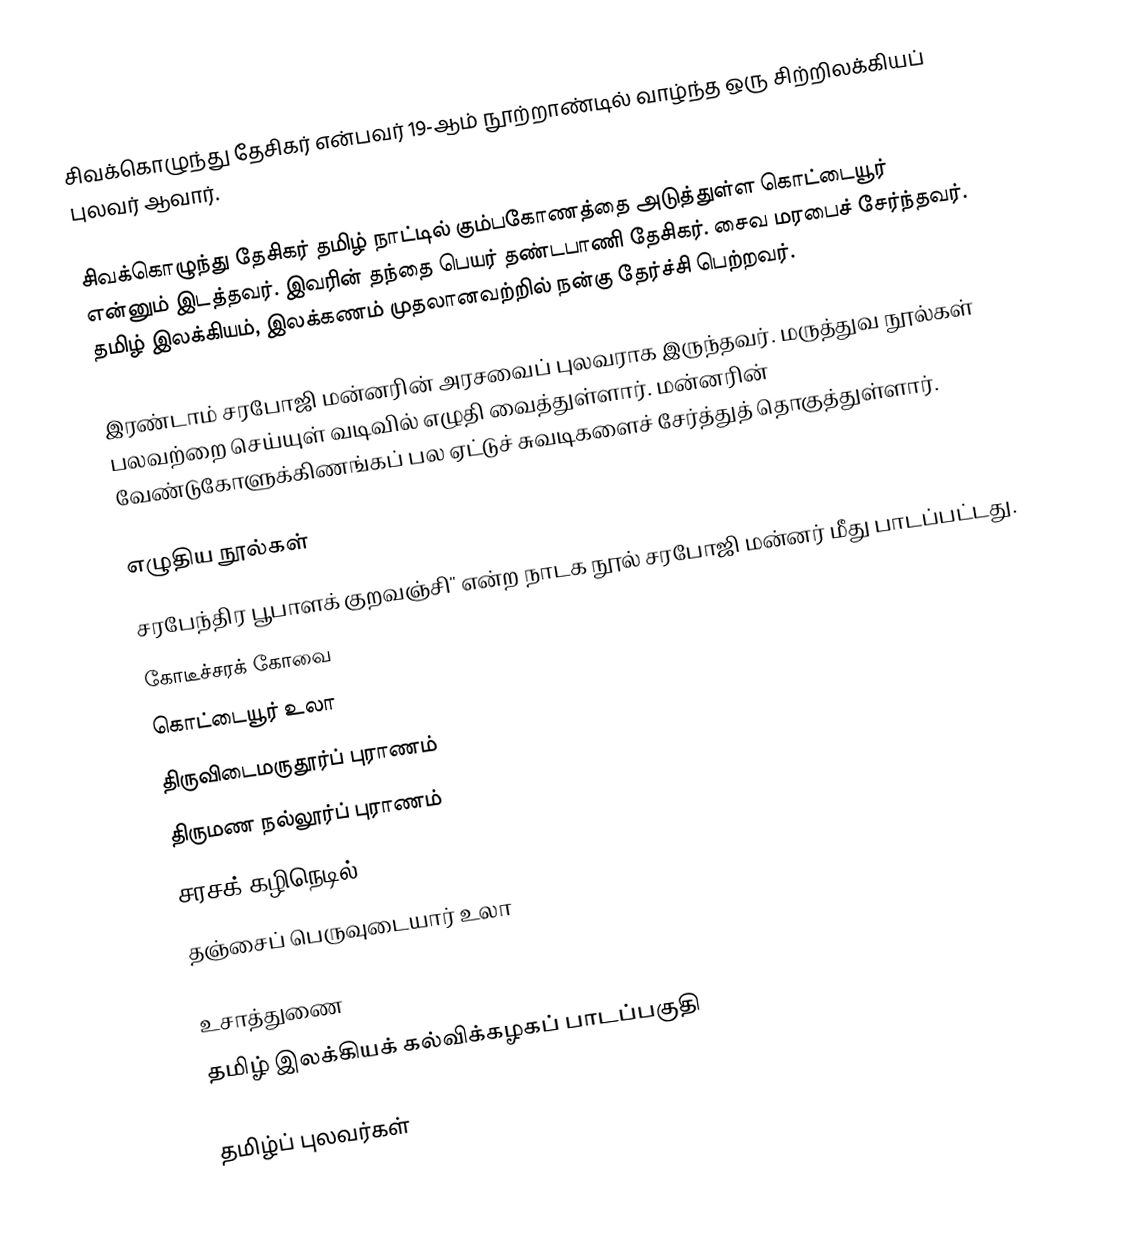
சிவக்கொழுந்து தேசிகர் என்பவர் 19-ஆம் நூற்றாண்டில் வாழ்ந்த ஒரு சிற்றிலக்கியப் புலவர் ஆவார்.

சிவக்கொழுந்து தேசிகர் தமிழ் நாட்டில் கும்பகோணத்தை அடுத்துள்ள கொட்டையூர் என்னும் இடத்தவர். இவரின் தந்தை பெயர் தண்டபாணி தேசிகர்.  சைவ மரபைச் சேர்ந்தவர். தமிழ் இலக்கியம், இலக்கணம் முதலானவற்றில் நன்கு தேர்ச்சி பெற்றவர்.

இரண்டாம் சரபோஜி மன்னரின் அரசவைப் புலவராக இருந்தவர். மருத்துவ நூல்கள் பலவற்றை செய்யுள் வடிவில் எழுதி வைத்துள்ளார். மன்னரின் வேண்டுகோளுக்கிணங்கப் பல ஏட்டுச் சுவடிகளைச் சேர்த்துத் தொகுத்துள்ளார்.

எழுதிய நூல்கள்
 சரபேந்திர பூபாளக் குறவஞ்சி'' என்ற நாடக நூல் சரபோஜி மன்னர் மீது பாடப்பட்டது.
 கோடீச்சரக் கோவை
 கொட்டையூர் உலா
 திருவிடைமருதூர்ப் புராணம்
 திருமண நல்லூர்ப் புராணம்
 சரசக் கழிநெடில்
 தஞ்சைப் பெருவுடையார் உலா

உசாத்துணை
தமிழ் இலக்கியக் கல்விக்கழகப் பாடப்பகுதி

தமிழ்ப் புலவர்கள்